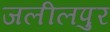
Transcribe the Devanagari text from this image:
जलीलपुर